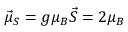
{ \vec { \mu } } _ { S } = g \mu _ { B } { \vec { S } } = 2 \mu _ { B }